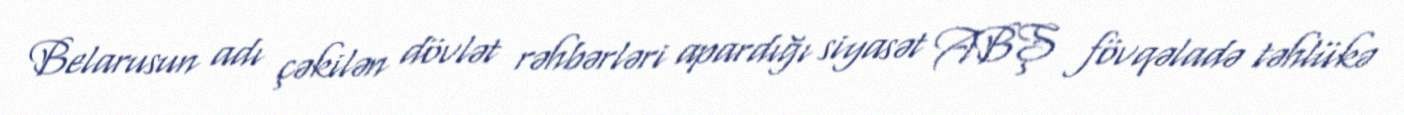
Belarusun adı çəkilən dövlət rəhbərləri apardığı siyasət ABŞ fövqəladə təhlükə